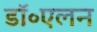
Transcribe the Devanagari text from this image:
डॉ॰एलन